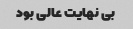
بی نهایت عالی بود